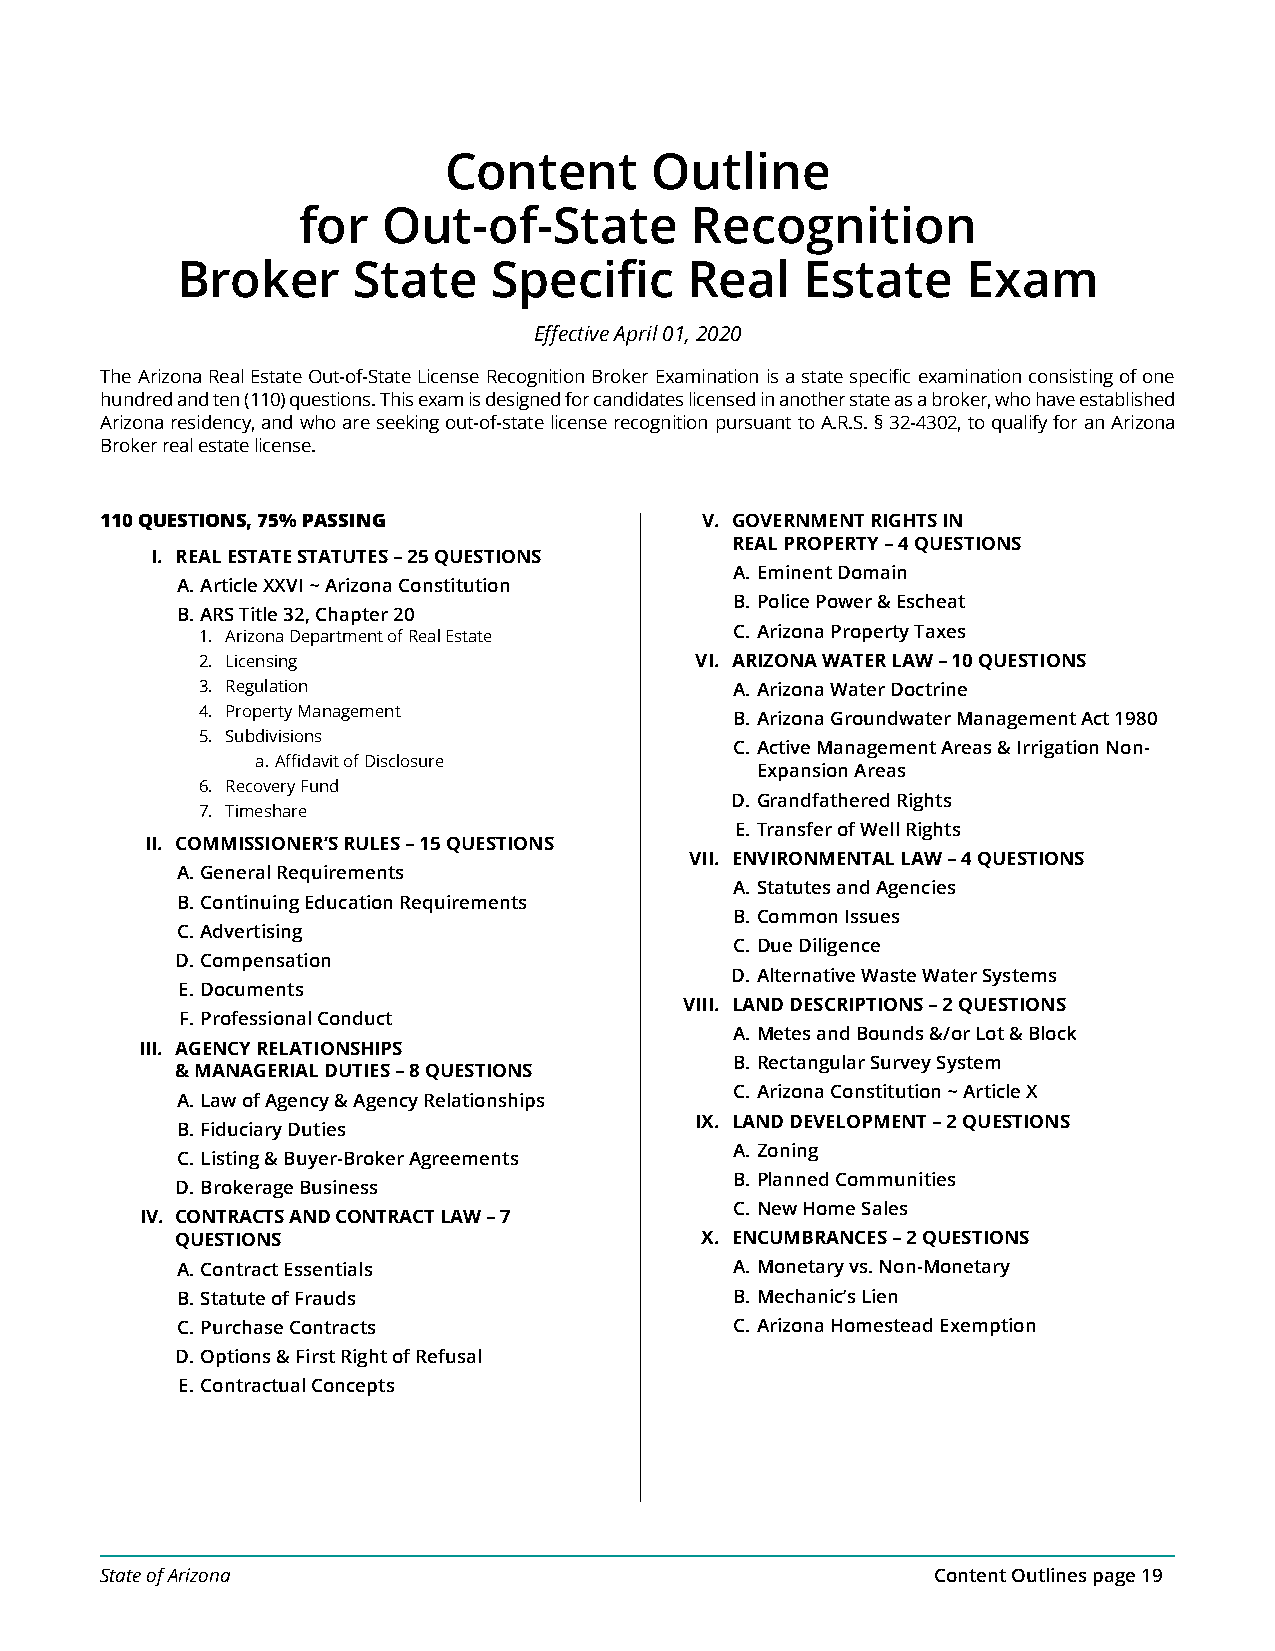
Content       Outline
 for  Out-of-State         Recognition
 Broker     State     Specific     Real   Estate     Exam
 Effective April 01, 2020
 The Arizona Real Estate Out-of-State License Recognition Broker Examination is a state specific examination consisting of one
 hundred and ten (110) questions. This exam is designed for candidates licensed in another state as a broker, who have established
 Arizona residency, and who are seeking out-of-state license recognition pursuant to A.R.S. § 32-4302, to qualify for an Arizona
 Broker real estate license.
 110 QUESTIONS, 75% PASSING             V. GOVERNMENT RIGHTS IN
 REAL PROPERTY – 4 QUESTIONS
 I. REAL ESTATE STATUTES – 25 QUESTIONS
 A. Eminent Domain
 A. Article XXVI ~ Arizona Constitution
 B. Police Power & Escheat
 B. ARS Title 32, Chapter 20
 1. Arizona Department of Real Estate C. Arizona Property Taxes
 2. Licensing                     VI. ARIZONA WATER LAW – 10 QUESTIONS
 3. Regulation                       A. Arizona Water Doctrine
 4. Property Management
 B. Arizona Groundwater Management Act 1980
 5. Subdivisions
 C. Active Management Areas & Irrigation Non-
 a. Affidavit of Disclosure
 Expansion Areas
 6. Recovery Fund
 D. Grandfathered Rights
 7. Timeshare
 E. Transfer of Well Rights
 II. COMMISSIONER’S RULES – 15 QUESTIONS
 VII. ENVIRONMENTAL LAW – 4 QUESTIONS
 A. General Requirements
 A. Statutes and Agencies
 B. Continuing Education Requirements
 B. Common Issues
 C. Advertising
 C. Due Diligence
 D. Compensation
 D. Alternative Waste Water Systems
 E. Documents
 VIII. LAND DESCRIPTIONS – 2 QUESTIONS
 F. Professional Conduct
 A. Metes and Bounds &/or Lot & Block
 III. AGENCY RELATIONSHIPS
 B. Rectangular Survey System
 & MANAGERIAL DUTIES – 8 QUESTIONS
 C. Arizona Constitution ~ Article X
 A. Law of Agency & Agency Relationships
 IX. LAND DEVELOPMENT – 2 QUESTIONS
 B. Fiduciary Duties
 A. Zoning
 C. Listing & Buyer-Broker Agreements
 B. Planned Communities
 D. Brokerage Business
 C. New Home Sales
 IV. CONTRACTS AND CONTRACT LAW – 7
 QUESTIONS                         X. ENCUMBRANCES – 2 QUESTIONS
 A. Contract Essentials               A. Monetary vs. Non-Monetary
 B. Statute of Frauds                 B. Mechanic’s Lien
 C. Purchase Contracts                C. Arizona Homestead Exemption
 D. Options & First Right of Refusal
 E. Contractual Concepts
 State of Arizona                                       Content Outlines page 19